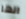
انها